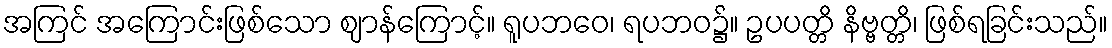
အကြင် အကြောင်းဖြစ်သော ဈာန်ကြောင့်။ ရူပဘဝေ၊ ရပဘဝ၌။ ဥပပတ္တိ နိဗ္ဗတ္တိ၊ ဖြစ်ရခြင်းသည်။